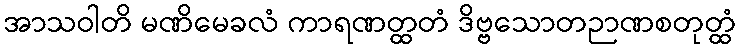
အာသဝါတိ မဏိမေခလံ ကာရဏတ္ထတံ ဒိဗ္ဗသောတဉာဏစတုတ္ထံ